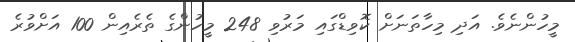
މީހުންނެވެ. އަދި މިހާތަނަށް ކޮވިޑްގައި މަރުވި 248 މީހުންގެ ތެރެއިން 100 އަށްވުރެ